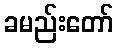
ခမည်းတော်